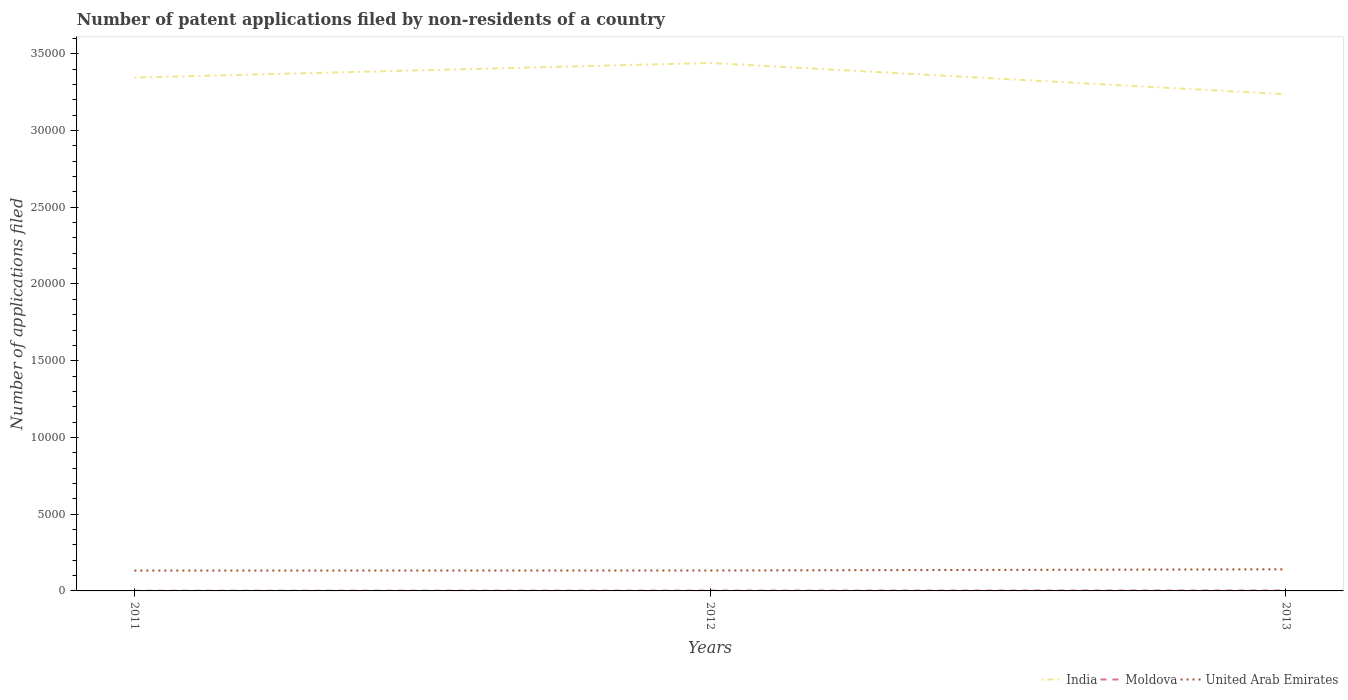
| Years | India | Moldova | United Arab Emirates |
 | --- | --- | --- | --- |
 | 2011 | 3.34e+04 | 11 | 1.32e+03 |
 | 2012 | 3.44e+04 | 22 | 1.33e+03 |
 | 2013 | 3.24e+04 | 29 | 1.41e+03 |